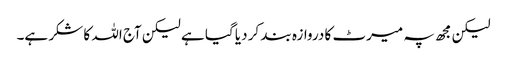
لیکن مجھ پہ میرٹ کا دروازہ بند کر دیا گیا ہے لیکن آج اللہ کا شکر ہے۔